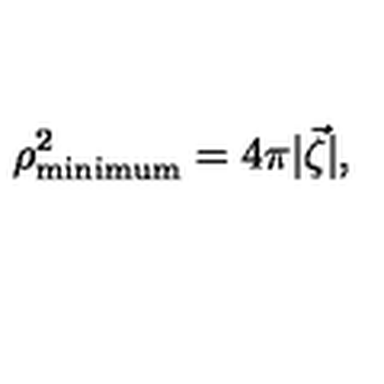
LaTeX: \rho _ { \mathrm { m i n i m u m } } ^ { 2 } = 4 \pi | \vec { \zeta } | ,